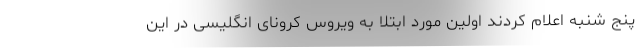
پنج شنبه اعلام کردند اولین مورد ابتلا به ویروس کرونای انگلیسی در این